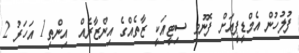
ފުލުހުން އެމްޑީޕީއަށް ފޮނުވި ސިޓީއަކީ ޒާތެއްގެ އިންޒާރެއް  އިންތި1 އަހަރު 2